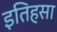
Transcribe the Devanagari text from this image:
इतिहसा